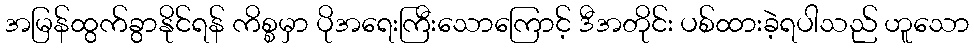
အမြန်ထွက်ခွာနိုင်ရန် ကိစ္စမှာ ပိုအရေးကြီးသောကြောင့် ဒီအတိုင်း ပစ်ထားခဲ့ရပါသည် ဟူသော